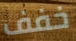
خفف